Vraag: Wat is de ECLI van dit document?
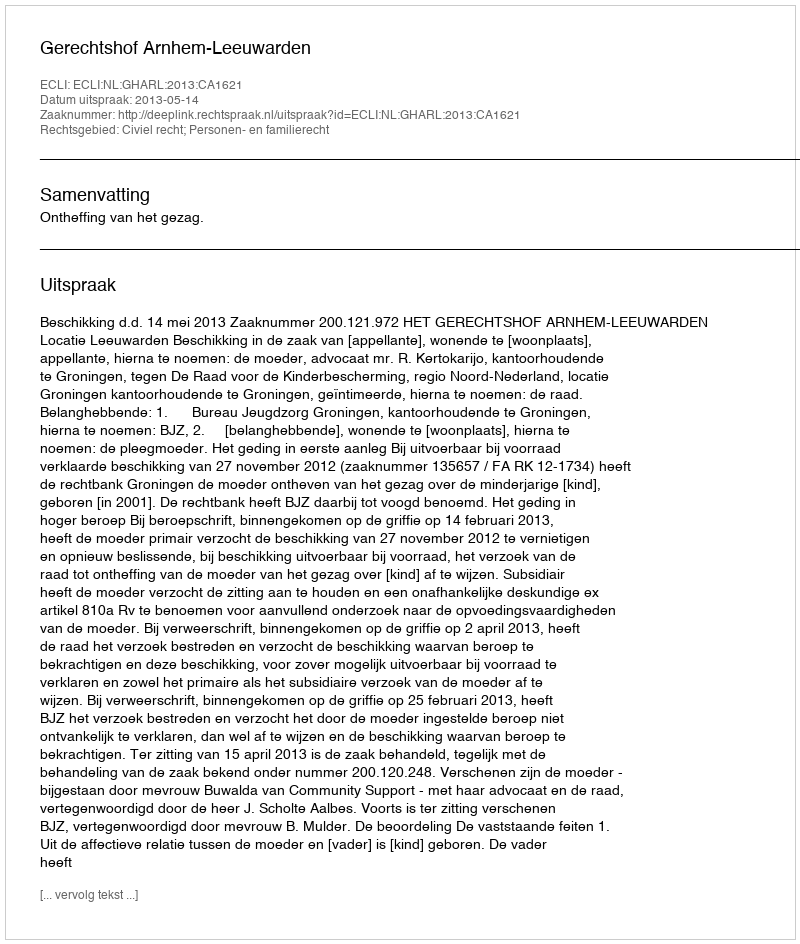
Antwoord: ECLI:NL:GHARL:2013:CA1621